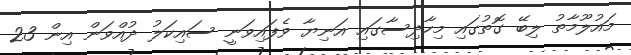
މައުލޫމާތު ލިބޭ ގޮތުގައި މިހާދިސާގައި އަނިޔާ ވެފައިވަނީ ސައިކަލު ދުއްވަން އިން 23